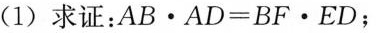
(1)求证：$$A B \cdot A D = B F \cdot E D$$；